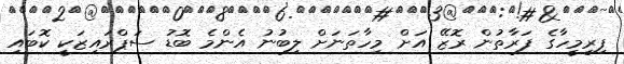
ފިރިމީހާގެ ފަރާތުން ރޮޒޭ އަށް މިހާތަނަށް ލިބުނު އެންމެ ބޮޑު ސަޕްރައިޒަކީ ކޮބައި